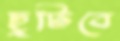
ছুটিবে